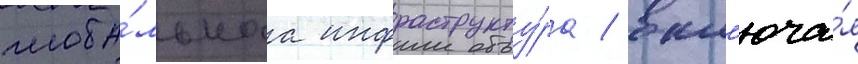
глоба́льнаа инфраструкту́ра / вкл'юча́я